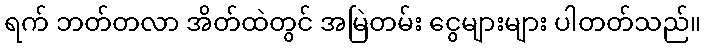
ရက် ဘတ်တလာ အိတ်ထဲတွင် အမြဲတမ်း ငွေများများ ပါတတ်သည်။